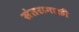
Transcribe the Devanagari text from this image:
संतरागाछी